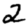
Digit: 2